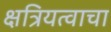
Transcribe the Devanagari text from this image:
क्षत्रियत्वाचा